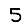
Digit: 5